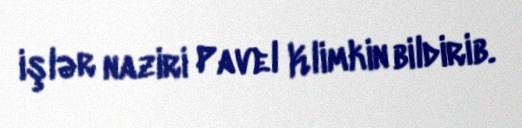
işlər naziri Pavel Klimkin bildirib.